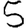
Digit: 5